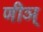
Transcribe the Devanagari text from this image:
णीञ्